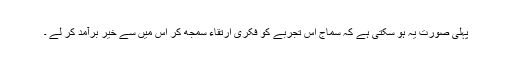
پہلی صورت یہ ہو سکتی ہے کہ سماج اس تجربے کو فکری ارتقاء سمجھ کر اس میں سے خیر برآمد کر لے ۔